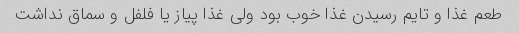
طعم غذا و تایم رسیدن غذا خوب بود ولی غذا پیاز یا فلفل و سماق نداشت